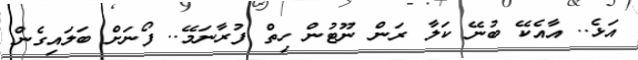
އަޅެ.. އާއެކޭ ބުނޭ ކަލާ ރަން ނޫޓުން ހިތް ފުރާނަމޭ.. ފޯނަށް ބަލައިގެން